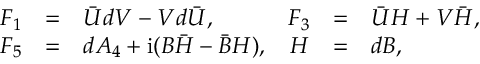
\begin{array} { r c l r c l } { { F _ { 1 } } } & { { = } } & { { \bar { U } d V - V d \bar { U } , } } & { { F _ { 3 } } } & { { = } } & { { \bar { U } H + V \bar { H } , } } \\ { { F _ { 5 } } } & { { = } } & { { d A _ { 4 } + \mathrm { i } ( B \bar { H } - \bar { B } H ) , } } & { { H } } & { { = } } & { { d B , } } \end{array}